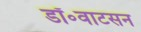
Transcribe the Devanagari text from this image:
डॉ॰वाटसन